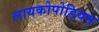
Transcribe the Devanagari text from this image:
लायकोपोडियम